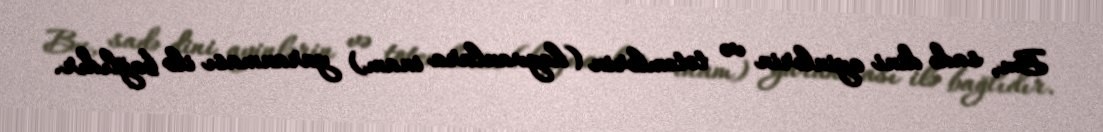
Bu, sadə dini ayinlərin və totemlərin (heyvanlara inam) yaranması ilə bağlıdır.